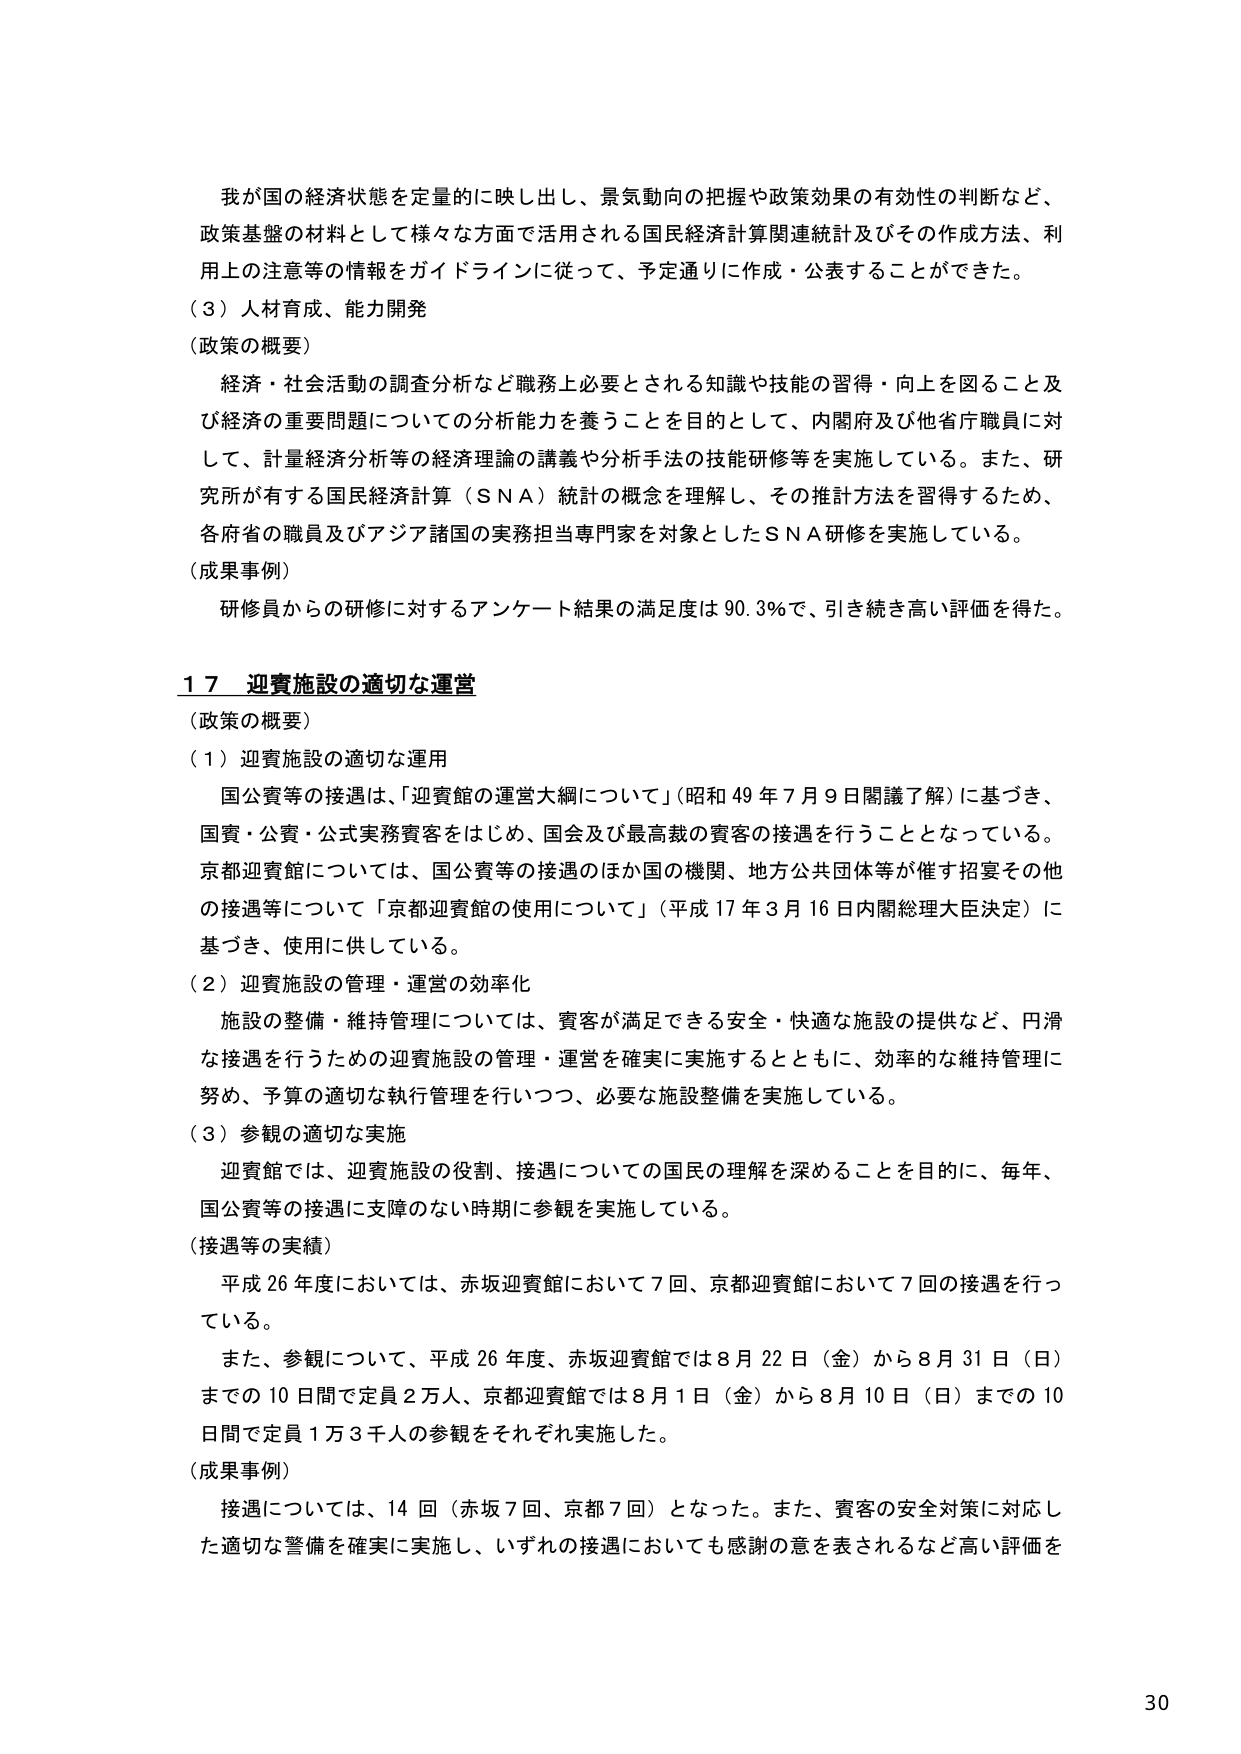
我が国の経済状態を定量的に映し出し、景気動向の把握や政策効果の有効性の判断など、政策基盤の材料として様々な方面で活用される国民経済計算関連統計及びその作成方法、利用上の注意等の情報をガイドラインに従って、予定通りに作成・公表することができた。

（３）人材育成、能力開発

（政策の概要）

経済・社会活動の調査分析など職務上必要とされる知識や技能の習得・向上を図ること及び経済の重要問題についての分析能力を養うことを目的として、内閣府及び他省庁職員に対して、計量経済分析等の経済理論の講義や分析手法の技能研修等を実施している。また、研究所が有する国民経済計算（ＳＮＡ）統計の概念を理解し、その推計方法を習得するため、各府省の職員及びアジア諸国の実務担当専門家を対象としたＳＮＡ研修を実施している。

（成果事例）

研修員からの研修に対するアンケート結果の満足度は90.3％で、引き続き高い評価を得た。

１７　迎賓施設の適切な運営

（政策の概要）

（１）迎賓施設の適切な運用

国公賓等の接遇は、「迎賓館の運営大綱について」（昭和49年7月9日閣議了解）に基づき、国賓・公賓・公式実務賓客をはじめ、国会及び最高裁の賓客の接遇を行うこととなっている。京都迎賓館については、国公賓等の接遇のほか国の機関、地方公共団体等が催す招宴その他 の接遇等について「京都迎賓館の使用について」（平成17年3月16日内閣総理大臣決定）に基づき、使用に供している。

（２）迎賓施設の管理・運営の効率化

施設の整備・維持管理については、賓客が満足できる安全・快適な施設の提供など、円滑な接遇を行うための迎賓施設の管理・運営を確実に実施するとともに、効率的な維持管理に努め、予算の適切な執行管理を行いつつ、必要な施設整備を実施している。

（３）参観の適切な実施

迎賓館では、迎賓施設の役割、接遇についての国民の理解を深めることを目的に、毎年、国公賓等の接遇に支障のない時期に参観を実施している。

（接遇等の実績）

平成26年度においては、赤坂迎賓館において7回、京都迎賓館において7回の接遇を行っている。

また、参観について、平成26年度、赤坂迎賓館では8月22日（金）から8月31日（日）までの10日間で定員2万人、京都迎賓館では8月1日（金）から8月10日（日）までの10日間で定員1万3千人の参観をそれぞれ実施した。

（成果事例）

接遇については、14回（赤坂7回、京都7回）となった。また、賓客の安全対策に対応した適切な警備を確実に実施し、いずれの接遇においても感謝の意を表されるなど高い評価を

30